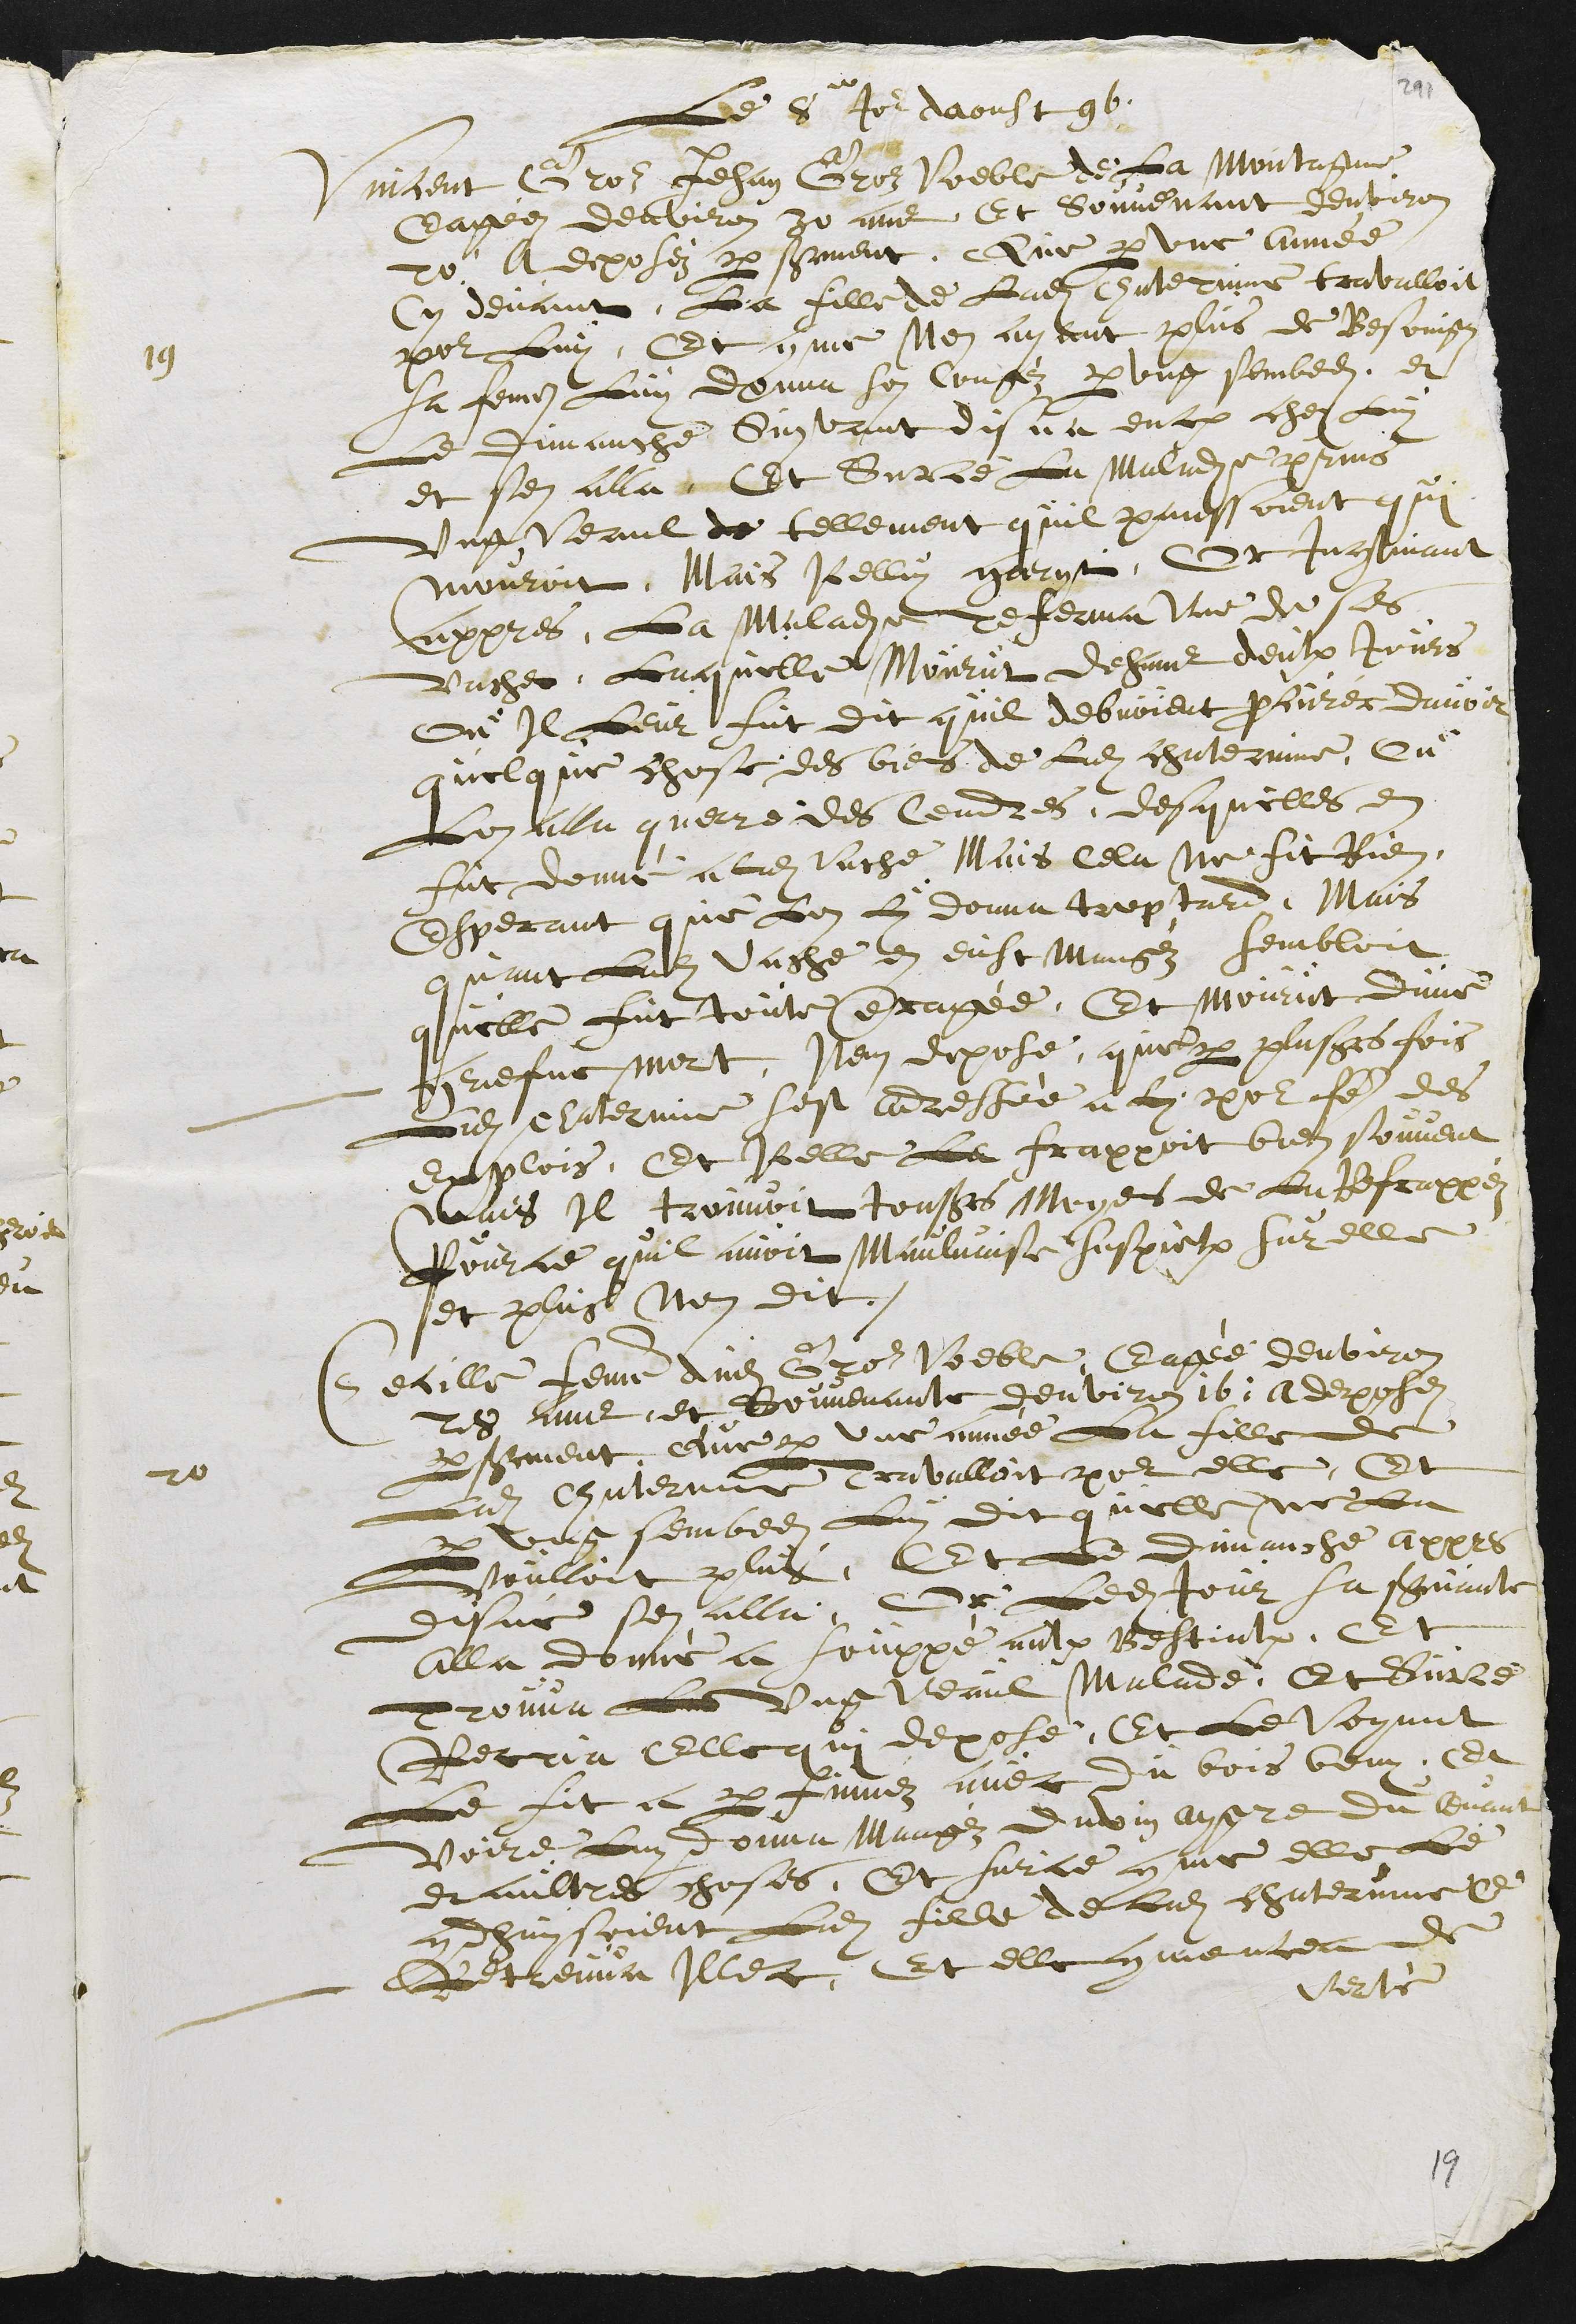
19
Le 8e Jour daoust 96
Vincent Gros Jehan Gros Voeble de La Montagne,
Eagéez denviron 30 ans, Et Souvenant denviron
20, A deposéz par serment, Que par une année
Cy devant, La fille de Ladite Chaterinne travalloit
pour Luy, Et comme Nen ayant plus de Besoingz
sa femme Luy donna son congéz par ung sembedi et
Le dimanche Suyvant disna encore chez Luy
et sen alla. Et Surce La Maladie prins
Ung Veaul de tellement quil panssarent qui
mouroit, Mais Icelluy garyt, Et Incontinant
appres, La Maladie referma Une de ses
Vaches, Laquelle Mourut dehans deulx Jours
Ou Il Leur fut dit quil debvoient procurer davoir
quelque chose des biens de Ladite chaterinne, Ou
Lon alla querre des Cendres, desquelles en
fut donné a ladite Vache Mais cela ne fit Rien
Esperant que Lon Luy donna trop tard. Mais
quant Ladite Vache en eust Mangéz sembloit
quelle fut toute enragée, Et Mourut dune
griesfve mort. Item depose, que par plusieurs fois
Ladite Chaterine sest adressée a luy pour faire des
explois, Et Icelle Le frappoit bien souvent
mais Il trouvoit tousjours Moyens de la Refrappéz
Pource quil avoit Maulvaise suspiction sur elle
et plus nen dit.
20
Cecille femme dudit Gros Voeble, Eagée denviron
28 ans, et Souvenante denviron 16, a deposez
par serment Que par une année La fille de
Ladite Chaterinne Travalloit pour elle, Et
par ung sembedy Luy dit quelle ne La
Voulloit plus, Et Le dimanche appres
disné sen alla. Or Ledit Jour sa servante
alla donné a souppé aulx Bestialx. Et
Trouva Les ung Veaul Malade, Et Surce
Recria Elle qui depose, Et Le Voyant
Le fit a parfuméz avec du bois beny, Et
Voire Luy donna Mangéz du vin aygre du levant
et aultres choses. Et surce comme elle Le
condhuysoient Ladite fille de ladite chaterinne ce
Retreuva Illec, Et elle commencea de
Verté